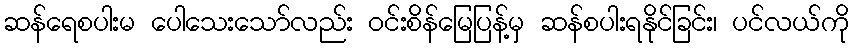
ဆန်ရေစပါးမ ပေါသေးသော်လည်း ဝင်းစိန်မြေပြန့်မှ ဆန်စပါးရနိုင်ခြင်း၊ ပင်လယ်ကို